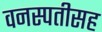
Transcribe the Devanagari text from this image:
वनस्पतीसह